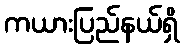
ကယားပြည်နယ်ရှိ